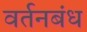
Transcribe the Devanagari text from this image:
वर्तनबंध